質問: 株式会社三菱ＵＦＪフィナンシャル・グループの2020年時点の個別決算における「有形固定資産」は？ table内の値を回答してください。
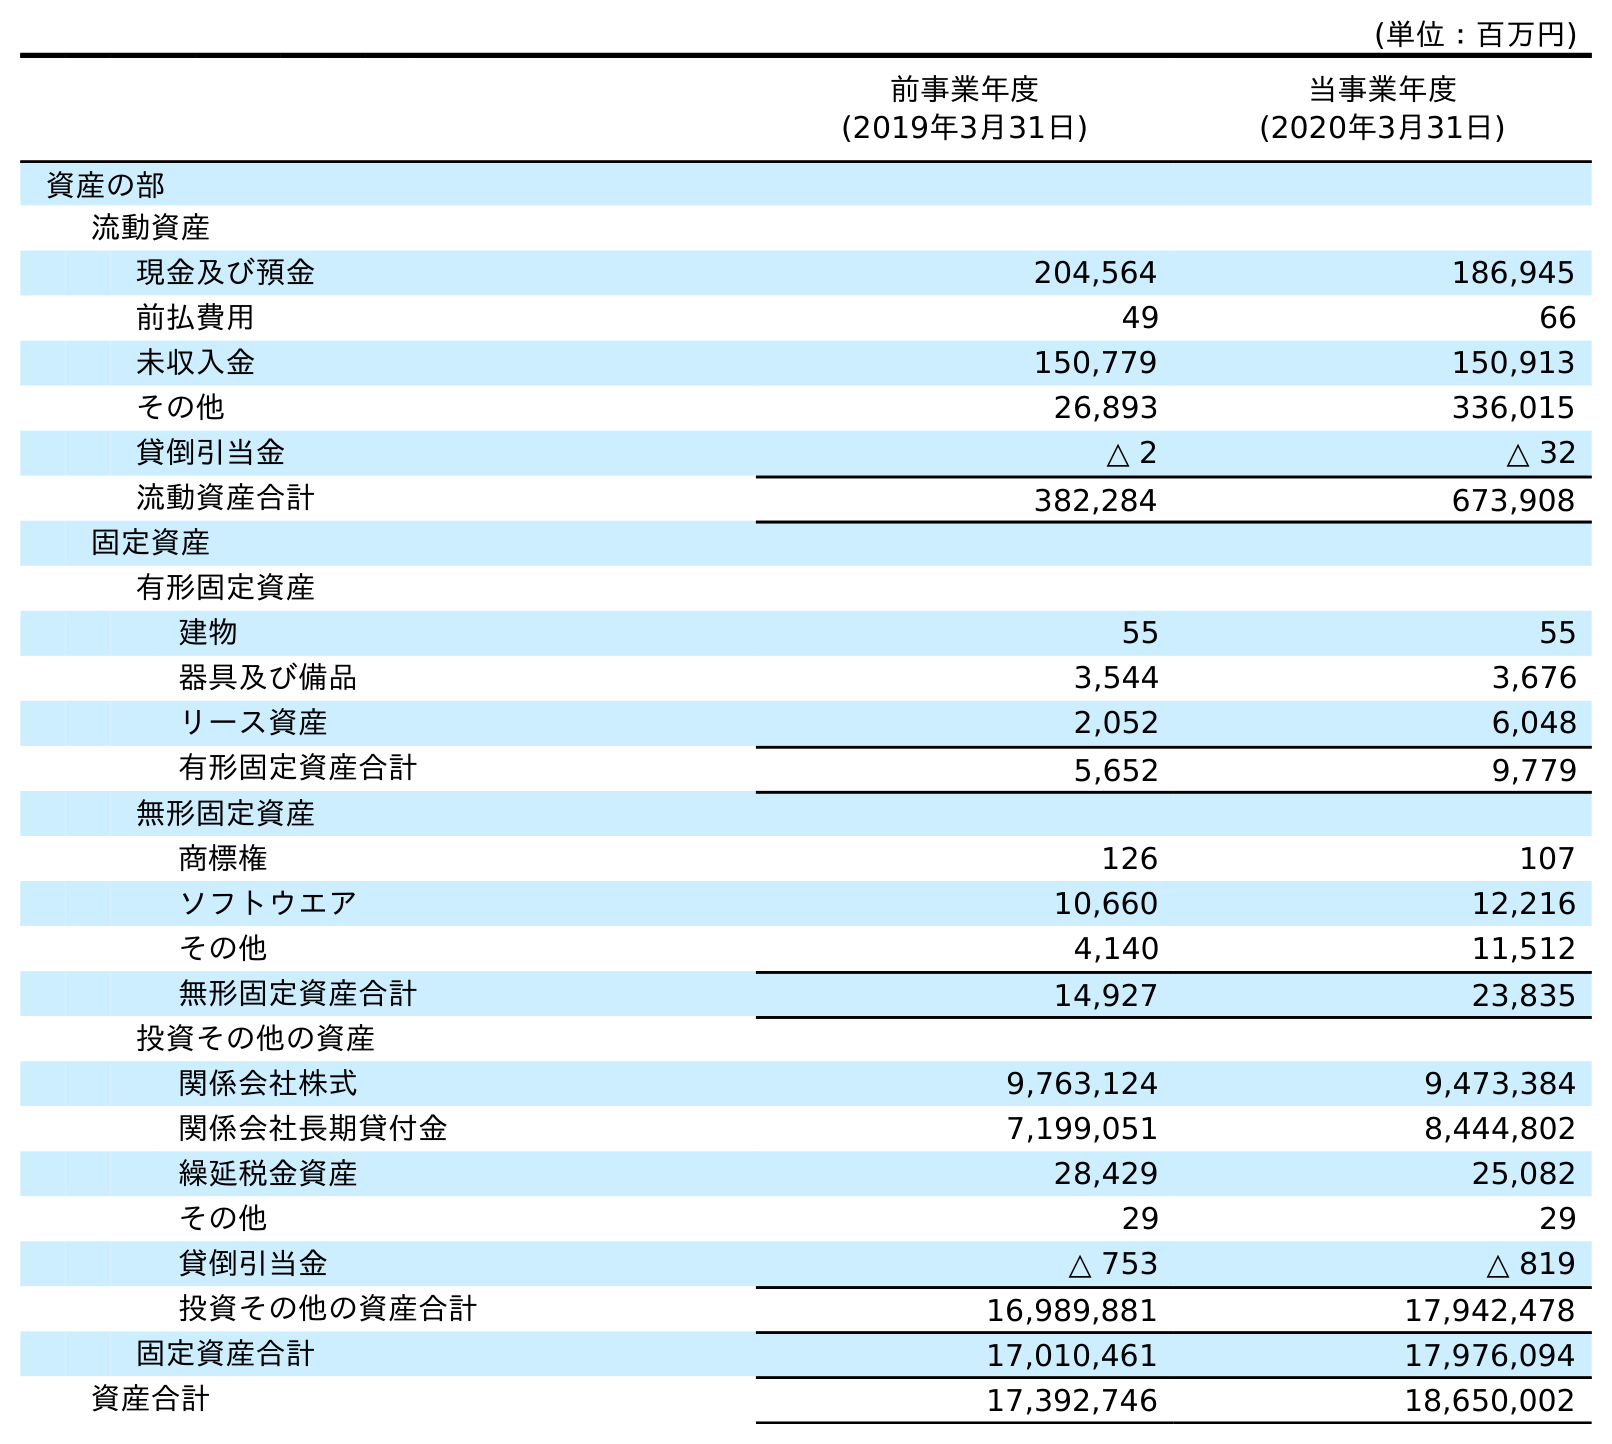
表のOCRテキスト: (単位：百万円) 前事業年度 (2019年3月31日) 当事業年度 (2020年3月31日) 資産の部 流動資産 現金及び預金 204,564 186,945 前払費用 49 66 未収入金 150,779 150,913 その他 26,893 336,015 貸倒引当金 △ 2 △ 32 流動資産合計 382,284 673,908 固定資産 有形固定資産 建物 55 55 器具及び備品 3,544 3,676 リース資産 2,052 6,048 有形固定資産合計 5,652 9,779 無形固定資産 商標権 126 107 ソフトウエア 10,660 12,216 その他 4,140 11,512 無形固定資産合計 14,927 23,835 投資その他の資産 関係会社株式 9,763,124 9,473,384 関係会社長期貸付金 7,199,051 8,444,802 繰延税金資産 28,429 25,082 その他 29 29 貸倒引当金 △ 753 △ 819 投資その他の資産合計 16,989,881 17,942,478 固定資産合計 17,010,461 17,976,094 資産合計 17,392,746 18,650,002
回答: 9,779